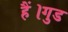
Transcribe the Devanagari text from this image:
हैं।गुड